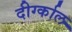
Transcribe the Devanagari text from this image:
दीर्ग्काल